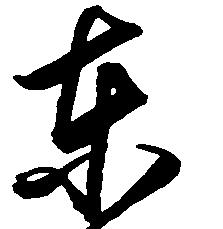
東